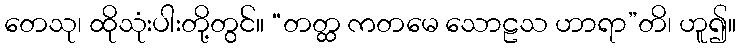
တေသု၊ ထိုသုံးပါးတို့တွင်။ “တတ္ထ ကတမေ သောဠသ ဟာရာ”တိ၊ ဟူ၍။